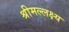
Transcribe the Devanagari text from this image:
श्रीमल्लक्ष्य